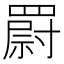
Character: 罻